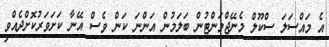
އެ މައްސަލަ ސްކޫލް މެނޭޖްމަންޓުން ބަލަމުން އަންނަ ކަން ވެސް އޭނާ ކަށަވަރުކޮށްދެއްވި